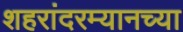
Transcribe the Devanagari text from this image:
शहरांदरम्यानच्या